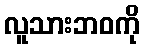
လူသားဘဝကို